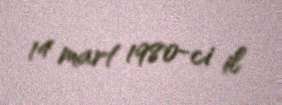
14 mart 1980-ci il